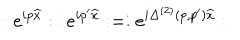
LaTeX: : e ^ { i p \widehat { x } } : \, : e ^ { i p ^ { \prime } \widehat { x } } : = : e ^ { i \Delta ^ { ( 2 ) } ( p , p ^ { \prime } ) \widehat { x } } :